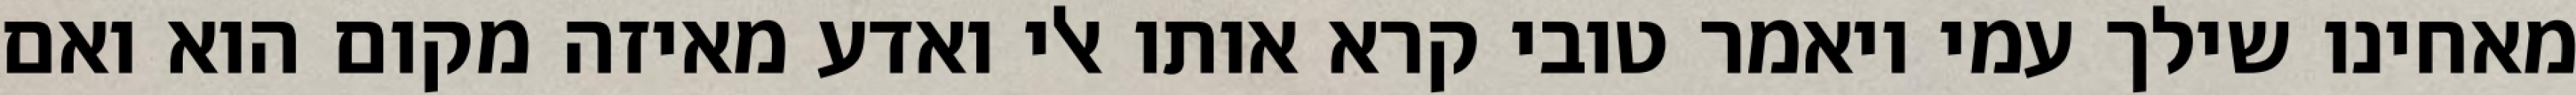
מאחינו שילך עמי ויאמר טובי קרא אותו אלי ואדע מאיזה מקום הוא ואם